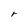
Character: r